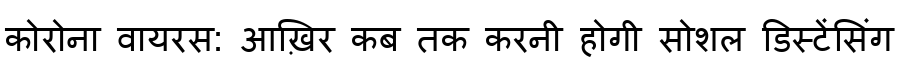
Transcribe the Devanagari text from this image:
कोरोना वायरस: आख़िर कब तक करनी होगी सोशल डिस्टेंसिंग